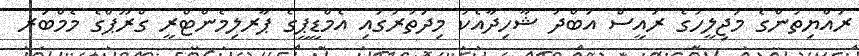
ރައްޔިތުންގެ މަޖިލީހުގެ ރައީސް އަބްދު ޝާހިދާއެކު މިދަތުރުގައި އެމްޑީޕީގެ ޕާރލިމެންޓްރީ ގްރޫޕްގެ މެމްބަރ